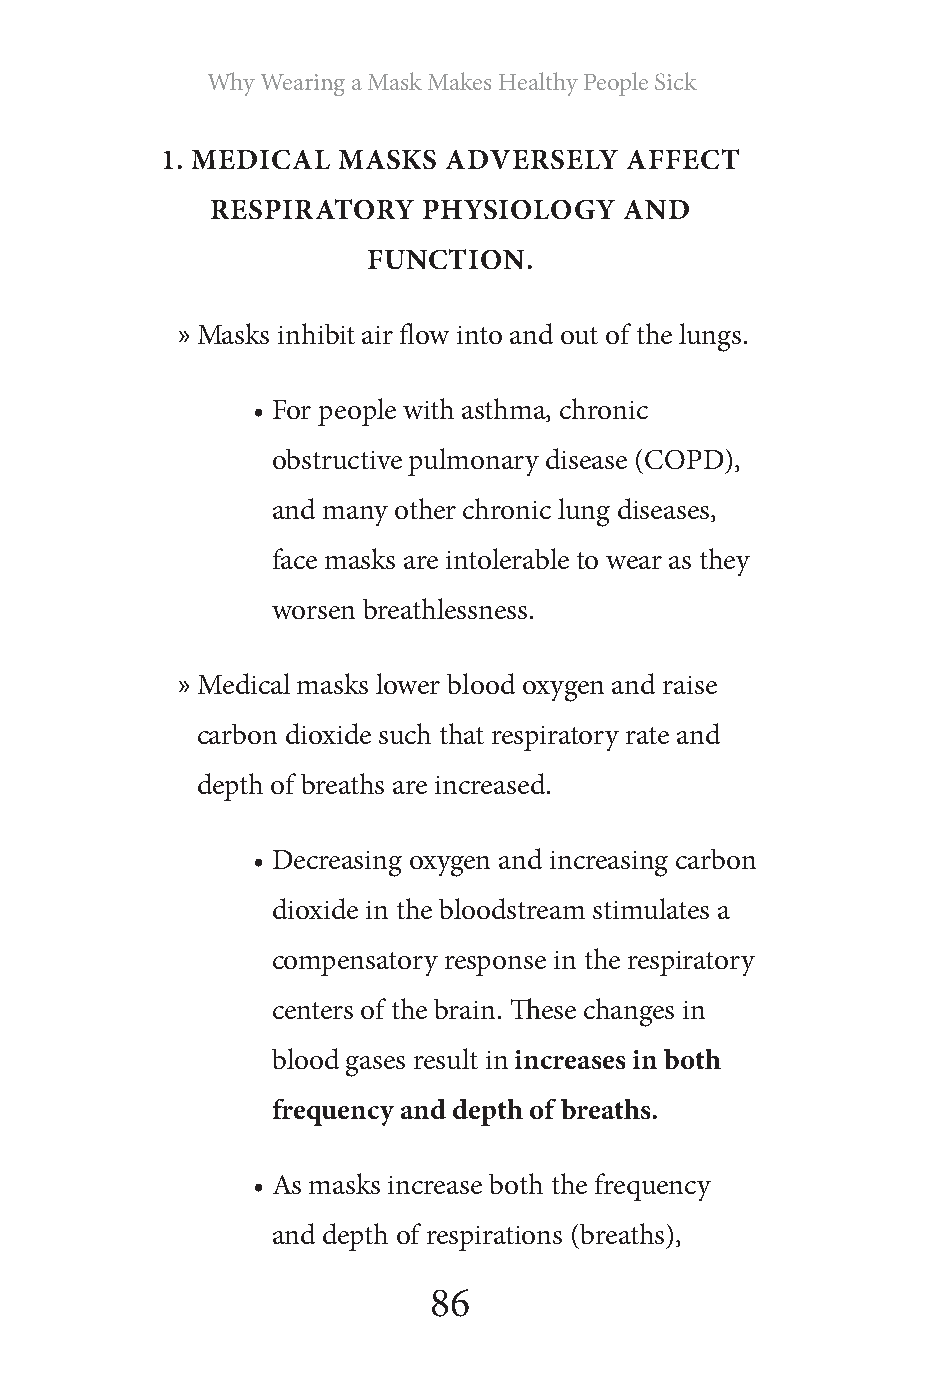
Why Wearing a Mask Makes Healthy People Sick
 1. MEDICAL MASKS   ADVERSELY  AFFECT
 RESPIRATORY   PHYSIOLOGY   AND
 FUNCTION.
 » Masks inhibit air flow into and out of the lungs.
 • For people with asthma, chronic
 obstructive pulmonary disease (COPD),
 and many other chronic lung diseases,
 face masks are intolerable to wear as they
 worsen breathlessness.
 » Medical masks lower blood oxygen and raise
 carbon dioxide such that respiratory rate and
 depth of breaths are increased.
 • Decreasing oxygen and increasing carbon
 dioxide in the bloodstream stimulates a
 compensatory response in the respiratory
 centers of the brain. These changes in
 blood gases result in increases in both
 frequency and depth of breaths.
 • As masks increase both the frequency
 and depth of respirations (breaths),
 86